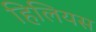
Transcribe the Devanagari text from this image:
हिलियस